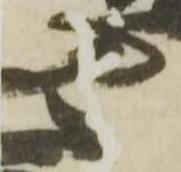
見